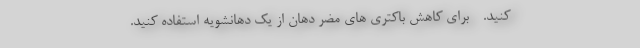
کنید. - برای کاهش باکتری های مضر دهان از یک دهانشویه استفاده کنید.